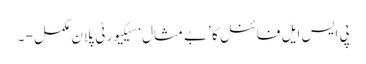
پی ایس ایل فائنل کا ’بے مثال‘ سیکیورٹی پلان مکمل - ۔